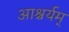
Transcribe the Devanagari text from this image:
आश्चर्यम्